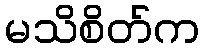
မသိစိတ်က